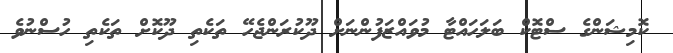
ކޮމިޝަންގެ ސްޓޮކް ބަލަހައްޓާ މުވައްޒަފުންނަށް ދޫކުރަންޖެހޭ ތަކެތި ދޫކޮށް ތަކެތި ހުސްނުވެ